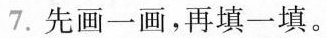
7.先画一画，再填一填。